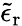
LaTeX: \tilde{\epsilon}_{\mathrm{r}}